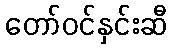
တော်ဝင်နှင်းဆီ